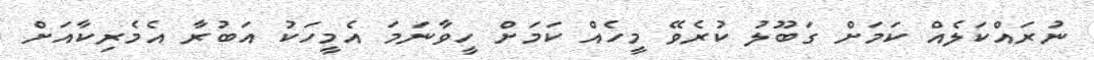
ނުރައްކަލެއް ކަމަށް ގަބޫލު ކުރެވޭ މީހެއް ކަމަށް ހީވާނަމަ އެމީހަކު އަބުރާ އެމެރިކާއަށް